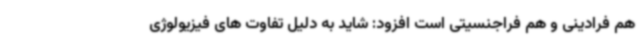
هم فرادینی و هم فراجنسیتی است افزود: شاید به دلیل تفاوت های فیزیولوژی